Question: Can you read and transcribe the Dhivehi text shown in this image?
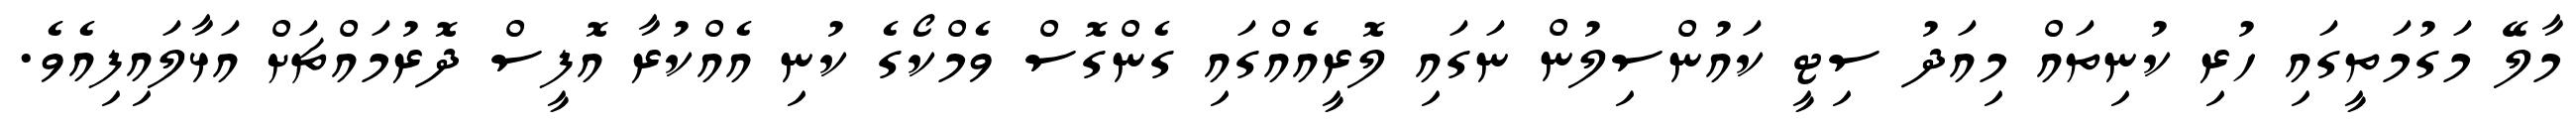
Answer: މާލޭ މަގުމަތީގައި ހުރި ކުނިތައް މިއަދު ސިޓީ ކައުންސިލުން ނަގައި ލޮރީއެއްގައި ގެންގޮސް ވެމްކޯގެ ކުނި އެއްކުރާ އޮފީސް ދޮރުމައްޗަށް އަޅާލައިފިއެވެ.